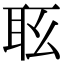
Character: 𦕇